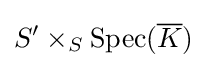
S^{\prime }\times _{S}{\textrm {Spec}}({\overline {K}})